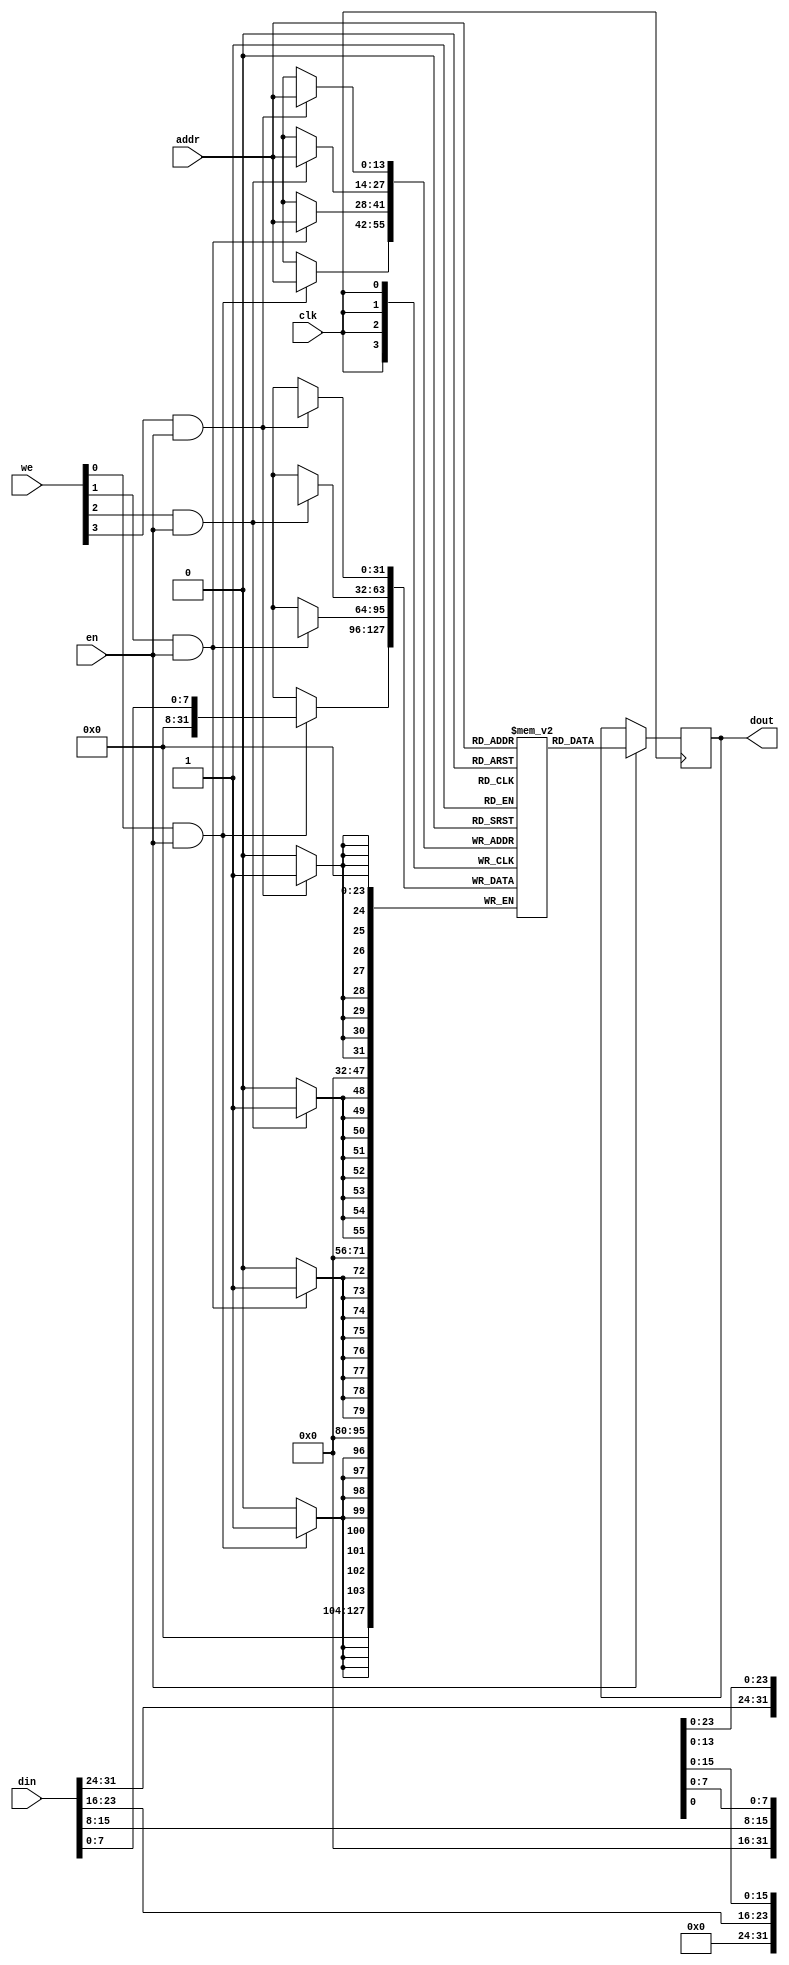
module ama_riscv_dmem (
    input  wire        clk,
    input  wire        en,
    input  wire [ 3:0] we,
    input  wire [13:0] addr,
    input  wire [31:0] din,
    output reg  [31:0] dout
);

reg  [31:0] mem[16384-1:0];

// dmem read
always @(posedge clk) begin
    if (en) dout <= mem[addr];
end

// dmem write with byte enable
genvar i;
generate for (i = 0; i < 4; i = i+1) begin
    always @(posedge clk) begin
        if (we[i] && en) mem[addr][i*8 +: 8] <= din[i*8 +: 8];
        end
    end 
endgenerate

endmodule